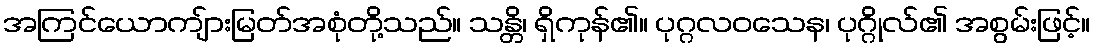
အကြင်ယောကျ်ားမြတ်အစုံတို့သည်။ သန္တိ၊ ရှိကုန်၏။ ပုဂ္ဂလဝသေန၊ ပုဂ္ဂိုလ်၏ အစွမ်းဖြင့်။